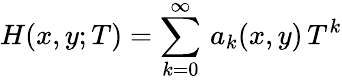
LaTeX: H(x,y;T)=\sum_{k=0}^{\infty}\, a_{k}(x,y)\, T^{k}